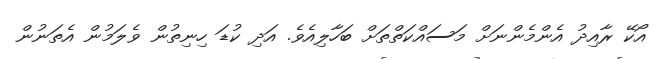
އޯކޭ ރާއިދު އެންމެންނަށް މަސައްކަތްތަށް ބަހާލިއެވެ. އަދި ކުޑަ ހިނިތުން ވެލަމުން އެތަނުން